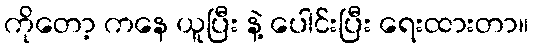
ကိုတော့ ကနေ ယူပြီး နဲ့ ပေါင်းပြီး ရေးထားတာ။